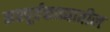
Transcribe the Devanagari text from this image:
नवपूर्वकाव्यातील